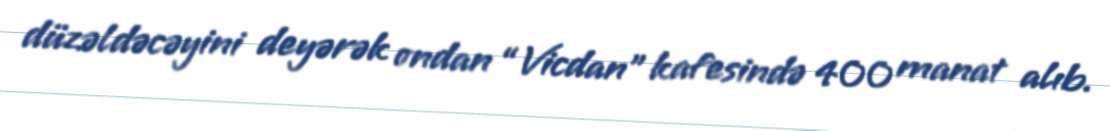
düzəldəcəyini deyərək ondan “Vicdan” kafesində 400 manat alıb.